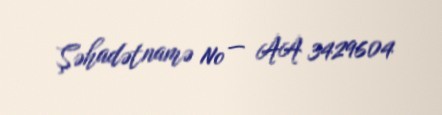
Şəhadətnamə № — AA 3429604